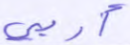
أربى